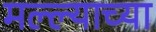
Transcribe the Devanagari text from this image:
मल्ल्याच्या